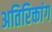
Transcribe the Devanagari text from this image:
अतिरिक्तांग